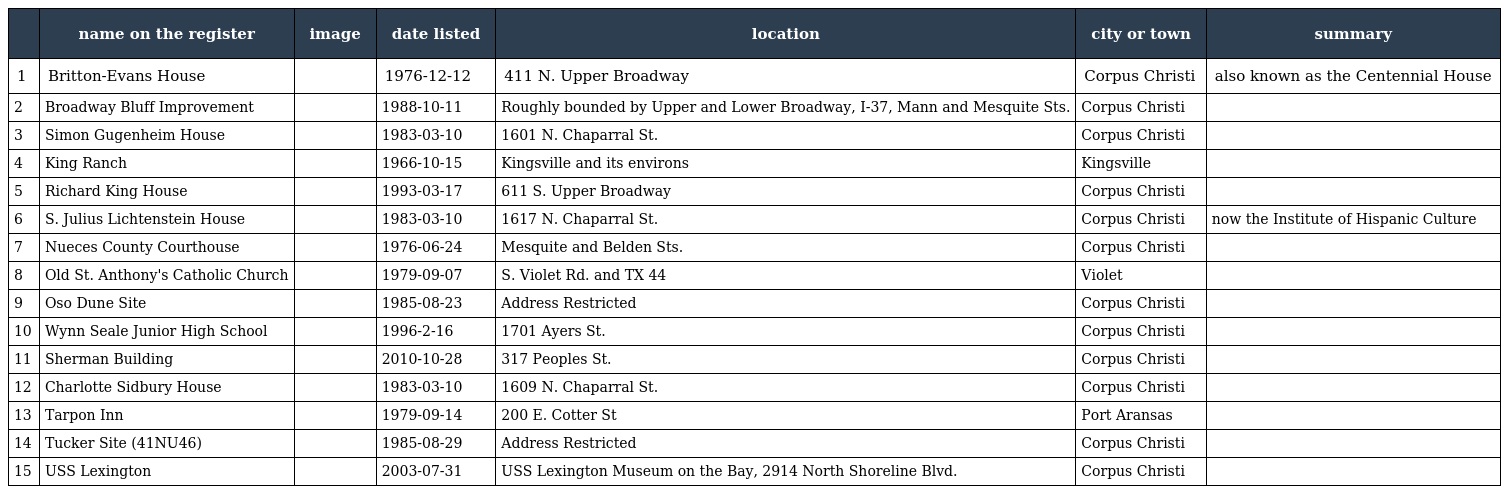
|  | name on the register | image | date listed | location | city or town | summary |
 | --- | --- | --- | --- | --- | --- | --- |
 | 1 | Britton-Evans House |  | 1976-12-12 | 411 N. Upper Broadway | Corpus Christi | also known as the Centennial House |
 | 2 | Broadway Bluff Improvement |  | 1988-10-11 | Roughly bounded by Upper and Lower Broadway, I-37, Mann and Mesquite Sts. | Corpus Christi |  |
 | 3 | Simon Gugenheim House |  | 1983-03-10 | 1601 N. Chaparral St. | Corpus Christi |  |
 | 4 | King Ranch |  | 1966-10-15 | Kingsville and its environs | Kingsville |  |
 | 5 | Richard King House |  | 1993-03-17 | 611 S. Upper Broadway | Corpus Christi |  |
 | 6 | S. Julius Lichtenstein House |  | 1983-03-10 | 1617 N. Chaparral St. | Corpus Christi | now the Institute of Hispanic Culture |
 | 7 | Nueces County Courthouse |  | 1976-06-24 | Mesquite and Belden Sts. | Corpus Christi |  |
 | 8 | Old St. Anthony's Catholic Church |  | 1979-09-07 | S. Violet Rd. and TX 44 | Violet |  |
 | 9 | Oso Dune Site |  | 1985-08-23 | Address Restricted | Corpus Christi |  |
 | 10 | Wynn Seale Junior High School |  | 1996-2-16 | 1701 Ayers St. | Corpus Christi |  |
 | 11 | Sherman Building |  | 2010-10-28 | 317 Peoples St. | Corpus Christi |  |
 | 12 | Charlotte Sidbury House |  | 1983-03-10 | 1609 N. Chaparral St. | Corpus Christi |  |
 | 13 | Tarpon Inn |  | 1979-09-14 | 200 E. Cotter St | Port Aransas |  |
 | 14 | Tucker Site (41NU46) |  | 1985-08-29 | Address Restricted | Corpus Christi |  |
 | 15 | USS Lexington |  | 2003-07-31 | USS Lexington Museum on the Bay, 2914 North Shoreline Blvd. | Corpus Christi |  |